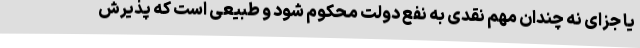
یا جزای نه چندان مهم نقدی به نفع دولت محکوم شود و طبیعی است که پذیرش